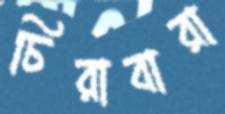
চিরাবারা